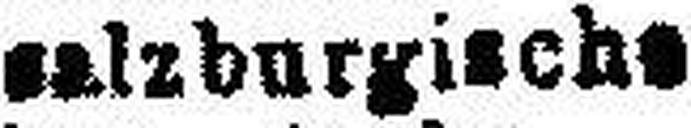
5% " ealzburgische